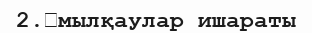
2.	мылқаулар ишараты